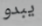
يبدو